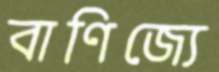
বাণিজ্যে